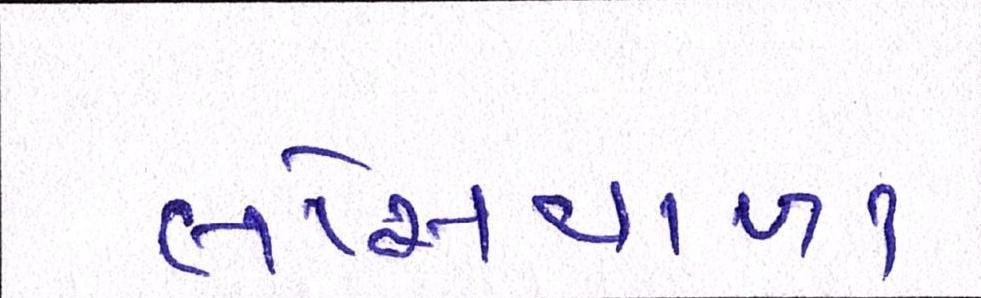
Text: લોસવાળા